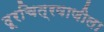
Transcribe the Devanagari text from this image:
दूरचित्रवाणीला